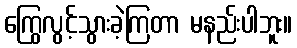
ကြွေလွင့်သွားခဲ့ကြတာ မနည်းပါဘူး။